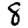
Digit: 8